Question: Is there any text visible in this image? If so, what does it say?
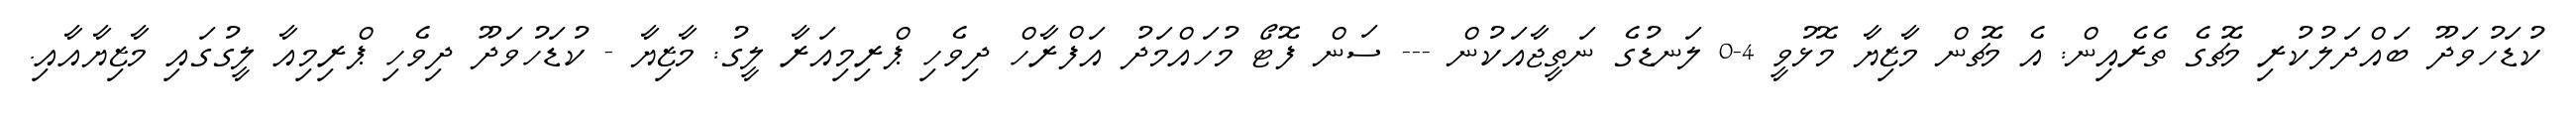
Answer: ކުޑަހުވަދޫ ބައްދަލުކުރި މެޗުގެ ތެރެއިން: އެ މެޗުން މާޒިޔާ މޮޅުވީ 4-0 ލަނޑުގެ ނަތީޖާއަކުން --- ސަން ފޮޓޯ މުހައްމަދު އަފްރާހް ދިވެހި ޕްރިމިއަރާ ލީގު: މާޒިޔާ - ކުޑަހުވަދޫ ދިވެހި ޕްރިމިއާ ލީގުގައި މާޒިޔާއާއި.